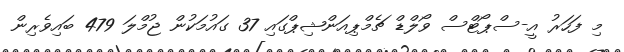
މި ފަހަރު އީ-ސްޕޯޓްސް ވޯލްޑް ޗެމްޕިއަންޝިޕްގައި 37 ގައުމަކުން ޖުމްލަ 479 ބައިވެރިން